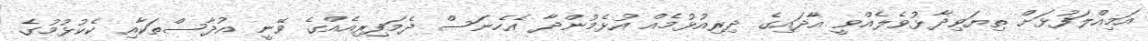
އަމިއްލަފުޅަށް ތިޔަވިދާޅުވެލެއްވީ އާދައިގެ ދިރިއުޅުމެއް އުޅެމުންދާ އެހެނަސް ދެމަފިރިއެއްގެ ވޭނީ އުދާސްތަކާއި ކެކުޅުމުގެ